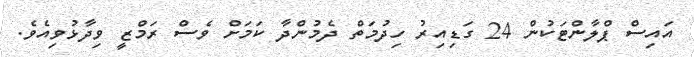
އައިސް ޕްލާންޓަކުން 24 ގަޑިއިރު ހިދުމަތް ދެމުންދާ ކަމަށް ވެސް ރަމްޒީ ވިދާޅުވިއެވެ.